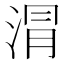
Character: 𣶀